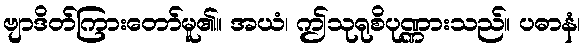
ဗျာဒိတ်ကြားတော်မူ၏။ အယံ၊ ဤသုရုစိပုဏ္ဏားသည်။ ပဓာနံ၊